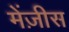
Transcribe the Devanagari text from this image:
मेंज़ीस